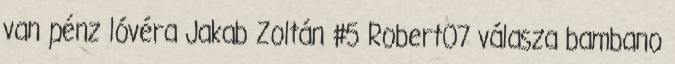
van pénz lóvéra Jakab Zoltán #5 Robert07 válasza bambano